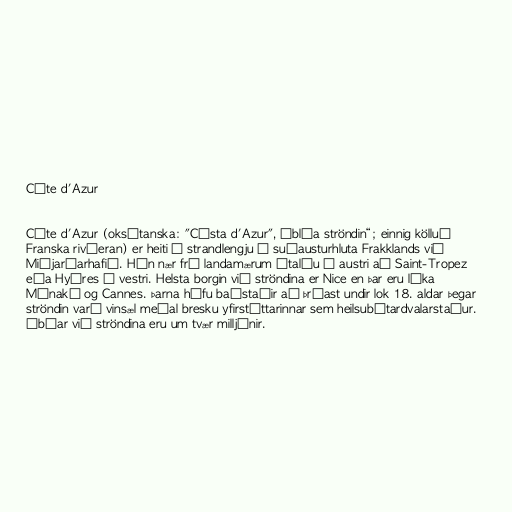
Côte d'Azur

Côte d'Azur (oksítanska: "Còsta d'Azur", „bláa ströndin“; einnig kölluð
Franska rivíeran) er heiti á strandlengju í suðausturhluta Frakklands við
Miðjarðarhafið. Hún nær frá landamærum Ítalíu í austri að Saint-Tropez
eða Hyères í vestri. Helsta borgin við ströndina er Nice en þar eru líka
Mónakó og Cannes. Þarna hófu baðstaðir að þróast undir lok 18. aldar þegar
ströndin varð vinsæl meðal bresku yfirstéttarinnar sem heilsubótardvalarstaður.
Íbúar við ströndina eru um tvær milljónir.